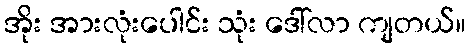
အိုး အားလုံးပေါင်း သုံး ဒေါ်လာ ကျတယ်။